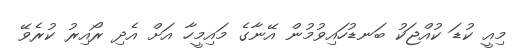
މިއީ ކުޑަ ކުއްޖަކު ބަނޑުހައިވުމުން އޭނާގެ މައިމީހާ އަށް އެދި ރޯއިރު ކުރެވޭ